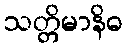
သတ္တိမာနိဓ